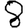
Digit: 8